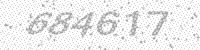
Solution: 684617